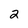
Character: 2